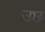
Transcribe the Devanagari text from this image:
उछ